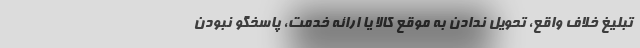
تبلیغ خلاف واقع، تحویل ندادن به موقع کالا یا ارائه خدمت، پاسخگو نبودن